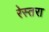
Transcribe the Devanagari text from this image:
रेस्तरा